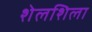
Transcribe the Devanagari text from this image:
शेलशिला